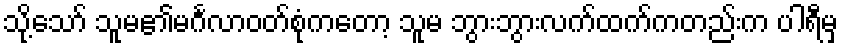
သို့သော် သူမ၏မင်္ဂလာဝတ်စုံကတော့ သူမ ဘွားဘွားလက်ထက်ကတည်းက ပါရီမှ